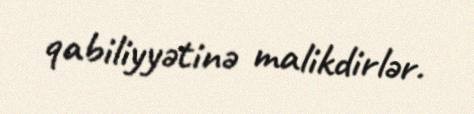
qabiliyyətinə malikdirlər.